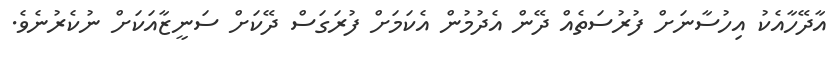
އާދޭހާއެކު އިހުސާނަށް ފުރުސަތެއް ދޭން އެދުމުން އެކަމަށް ފުރަގަސް ދޭކަށް ސަނީޒާއަކަށް ނުކެރުނެވެ.